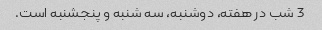
3 شب در هفته، دوشنبه، سه شنبه و پنجشنبه است.